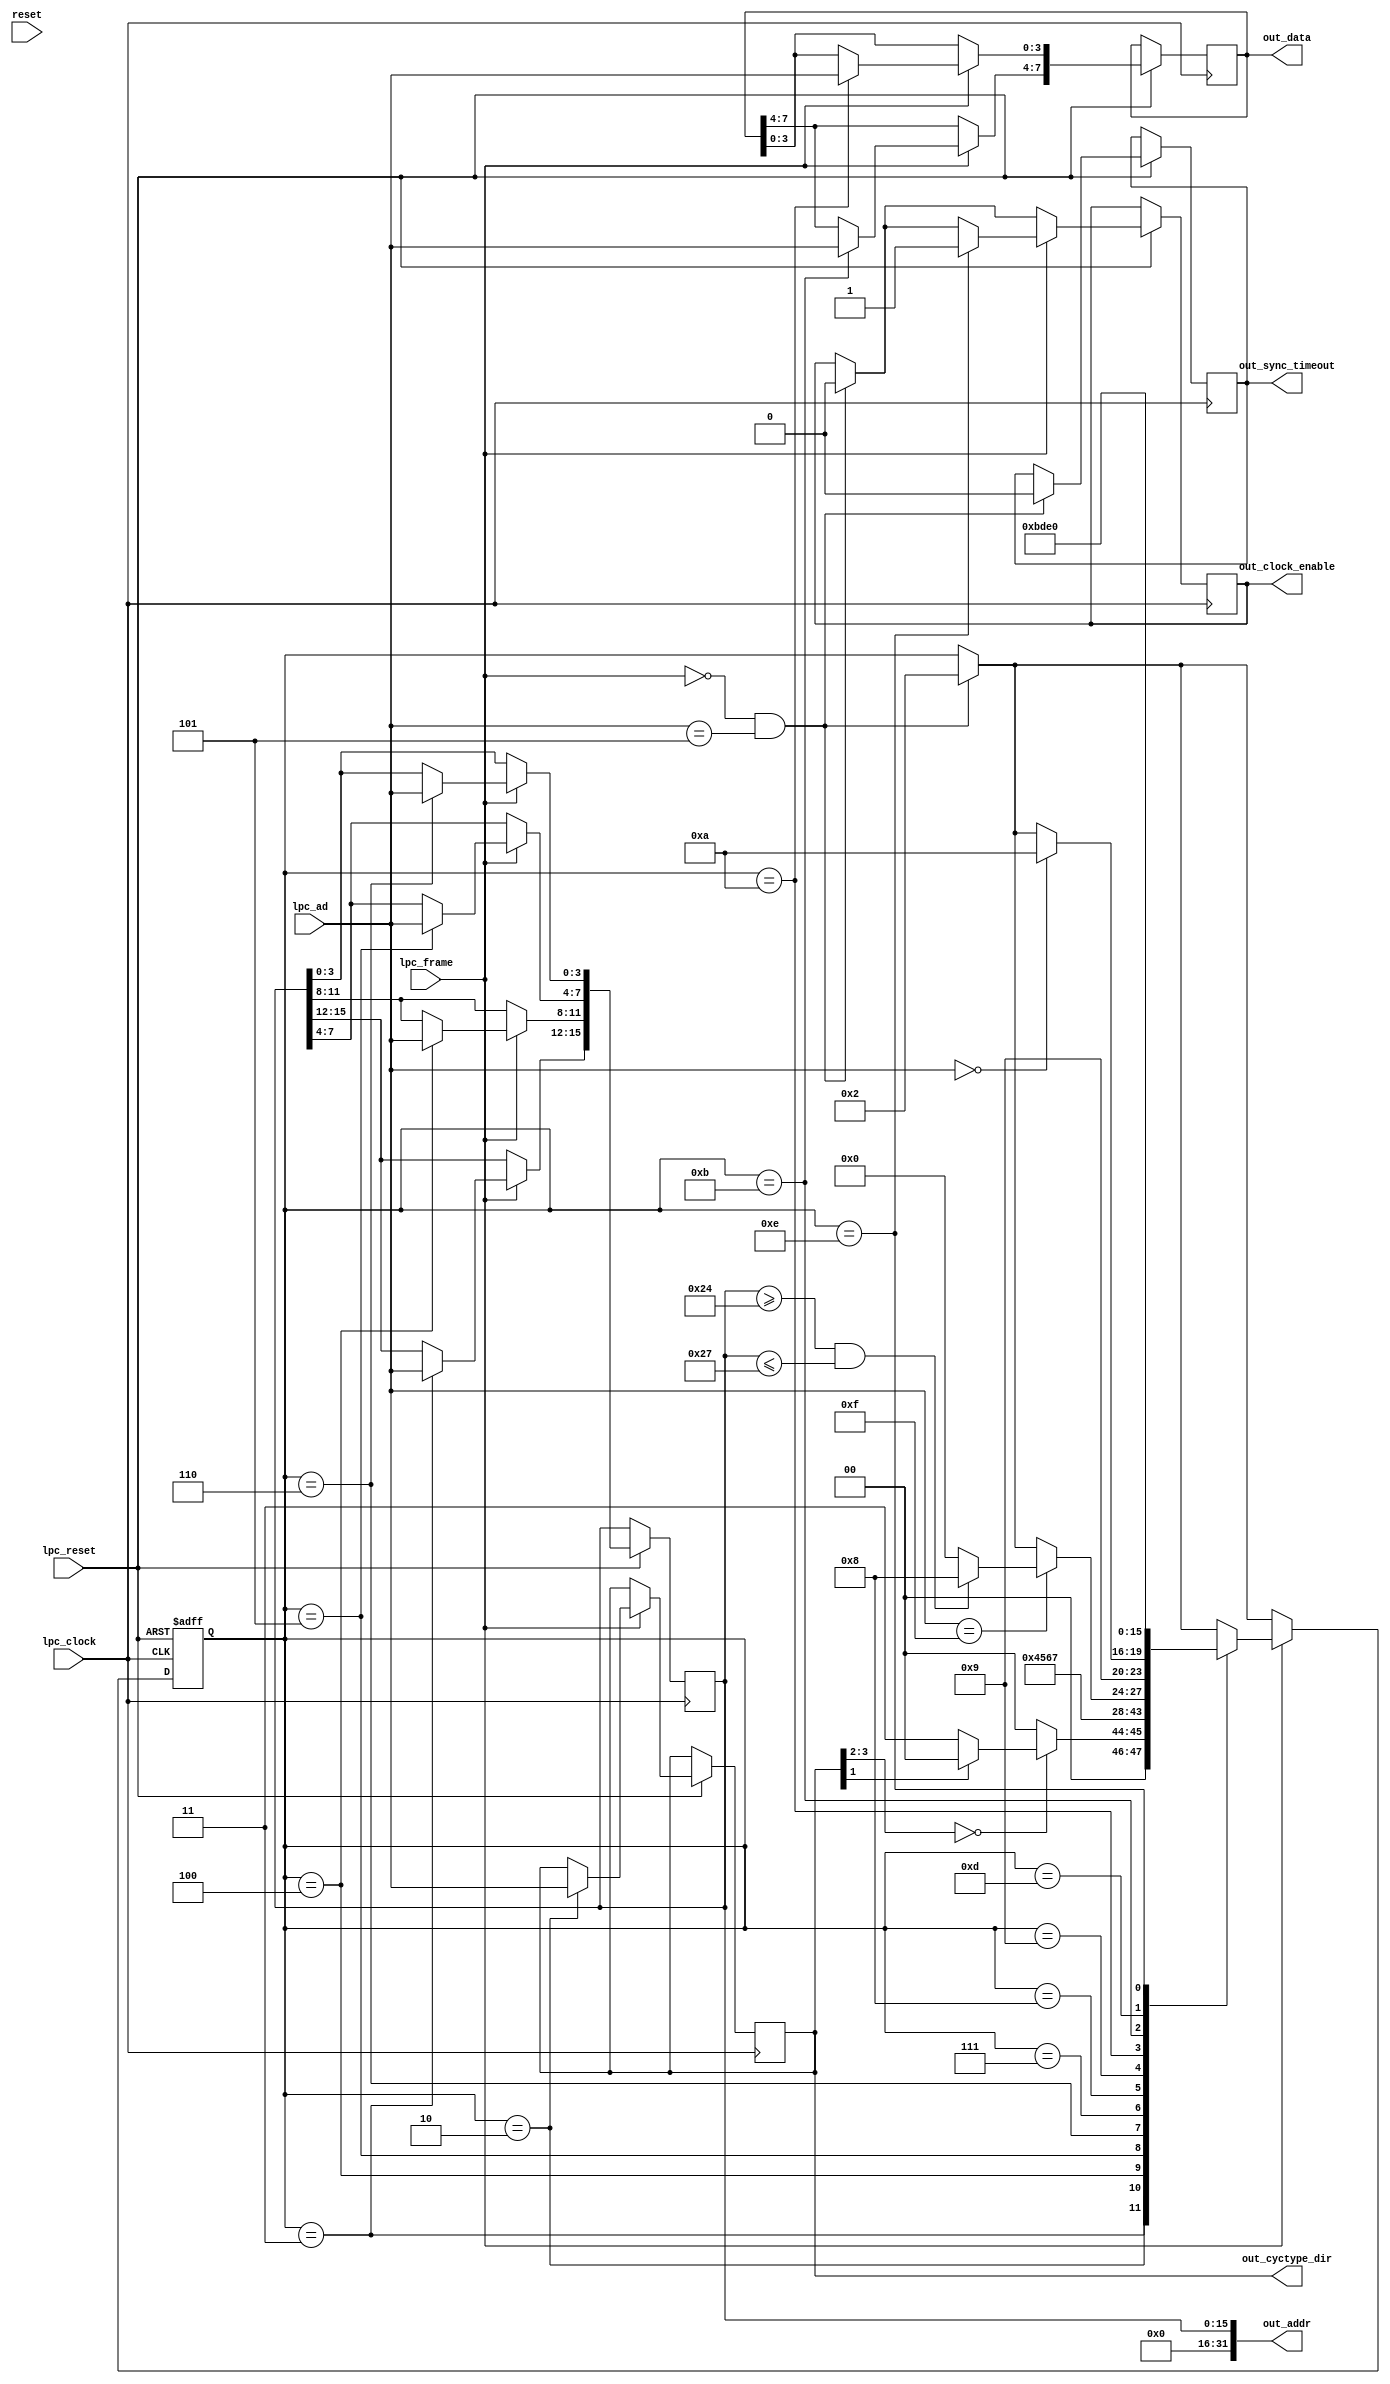
/* a lpc decoder
 * lpc signals:
	* lpc_ad: 4 data lines
	* lpc_frame: frame to start a new transaction. active low
	* lpc_reset: reset line. active low
 * output signals:
	* out_cyctype_dir: type and direction. same as in LPC Spec 1.1
	* out_addr: 32-bit address (16 would be enough)
	* out_data: data read or written (1byte)
	* out_clock_enable: on rising edge all data must read.
 */

module lpc(
	input wire [3:0] lpc_ad,
	input wire lpc_clock,
	input wire lpc_frame,
	input wire lpc_reset,
	input wire reset,
	output wire [3:0] out_cyctype_dir,
	output wire [31:0] out_addr,
	output wire [7:0] out_data,
	output reg out_sync_timeout,
	output reg out_clock_enable);

	/* state machine */	
	localparam[4:0] STATE_IDLE = 4'd0;
	localparam[4:0] STATE_START = 4'd1;
	localparam[4:0] STATE_CYCLE_DIR = 4'd2;
	localparam[4:0] STATE_ADDRESS_CLK1 = 4'd3;
	localparam[4:0] STATE_ADDRESS_CLK2 = 4'd4;
	localparam[4:0] STATE_ADDRESS_CLK3 = 4'd5;
	localparam[4:0] STATE_ADDRESS_CLK4 = 4'd6;
	localparam[4:0] STATE_TAR_CLK1 = 4'd7;
	localparam[4:0] STATE_TAR_CLK2 = 4'd8;
	localparam[4:0] STATE_SYNC = 4'd9;
	localparam[4:0] STATE_READ_DATA_CLK1 = 4'd10;
	localparam[4:0] STATE_READ_DATA_CLK2 = 4'd11;
	localparam[4:0] STATE_ABORT = 4'd12;
	localparam[4:0] STATE_TAREND_CLK1 = 4'd13;
	localparam[4:0] STATE_TAREND_CLK2 = 4'd14;
	reg [3:0] state = STATE_IDLE;

	// registers
	reg [3:0] cyctype_dir;				// mode & direction, same as in LPC Spec 1.1
	reg [31:0] addr = 32'd0;			// 32 bit address
	reg [7:0] data;				// 8 bit data

	// combinatorial logic
	assign out_cyctype_dir = cyctype_dir;
	assign out_data = data;
	assign out_addr = addr;
	
	// synchronous logic
	// Clock goes high, or RESET goes low (active low reset)
	always @(negedge lpc_clock  or negedge lpc_reset)
	begin
		if (~lpc_reset)
		begin
			state <= STATE_IDLE;
		end else
		begin
			// Start condition is having LPC_FRAME low and LAD = 0101 for TPM reads
			if (~lpc_frame && lpc_ad == 4'b0101)
			begin
				out_clock_enable <= 1'b0;
				out_sync_timeout <= 1'b0;
				state <= STATE_CYCLE_DIR;
			end
			
			// If LPC_FRAME is high, then we have data
			if (lpc_frame)			
			begin
				// State machine for frame
				case (state)
					STATE_CYCLE_DIR:
					begin
						// cyctype_dir[3:0] <= lpc_ad[3:0];
						cyctype_dir <= lpc_ad;
						
						if (cyctype_dir[3:2] == 2'b00) // I/O
						begin
							if (cyctype_dir[1] == 1'd0) // Read
							begin
								state <= STATE_ADDRESS_CLK1;
							end else // Write
							begin
								state <= STATE_IDLE;
							end
						end else 
						begin
							state <= STATE_IDLE; // unsupported DMA or reserved
						end
					   
					end

					STATE_ADDRESS_CLK1:
					begin
						addr[15:12] <= lpc_ad;
						state <= STATE_ADDRESS_CLK2;
					end

					STATE_ADDRESS_CLK2:
					begin
						addr[11:8] <= lpc_ad;
						state <= STATE_ADDRESS_CLK3;
					end

					STATE_ADDRESS_CLK3:
					begin
						addr[7:4] <= lpc_ad;
						state <= STATE_ADDRESS_CLK4;
					end

					STATE_ADDRESS_CLK4:
					begin
						addr[3:0] <= lpc_ad;
						state <= STATE_TAR_CLK1;
					end



					STATE_TAR_CLK1:
					begin
						// On first clock LAD are 1111, on second clock it goes Z
						if (lpc_ad == 4'b1111)
						begin
							// Most TPM are using address 24 only, but some (ST, infineon) use 24 to 27 for FIFO
							if (addr >= 32'h24 && addr <= 32'h27)
							begin 
								state <= STATE_TAR_CLK2;
							end else 
							begin
								state <= STATE_IDLE;
							end
						   
						end
					end
							
					STATE_TAR_CLK2:
					begin
						state <= STATE_SYNC;
					end
					
					

					STATE_SYNC:
					begin
						// Ready when LAD is 0000
						if (lpc_ad == 4'b0000)
						begin
						   state <= STATE_READ_DATA_CLK1;
						end
					end

					STATE_READ_DATA_CLK1:
					begin
						data[3:0] <= lpc_ad;
						state <= STATE_READ_DATA_CLK2;
					end
					
					STATE_READ_DATA_CLK2:
					begin
						data[7:4] <= lpc_ad;
						state <= STATE_TAREND_CLK1;
					end



					STATE_TAREND_CLK1:
					begin
						state <= STATE_TAREND_CLK2;
					end
					STATE_TAREND_CLK2:
					begin
						// No need to check for addr, it was already filtered on first TAR
						out_clock_enable <= 1;
						state <= STATE_IDLE;
					end
					
				endcase
			end
		end
	end
endmodule